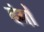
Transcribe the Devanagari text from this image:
बंगों